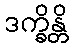
ဒက္ခိန္တိ